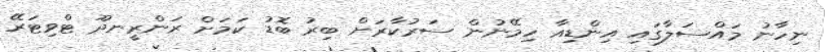
ނިހާނު މައްސަލާގައި އިންޑިއާ ހިމޭނުން ސަރުކާރަށް ބިރު ބޮޑު ކަމަށް ރަންރީނދޫ ޓްވިޓަރޭ